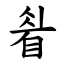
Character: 睂